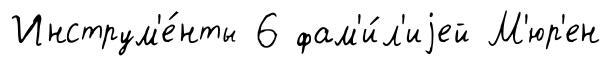
Инструм'е́нты 6 фам'и́л'иjей М'юр'ен